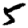
Digit: 5